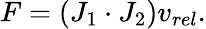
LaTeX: F=(J_{1}\cdot J_{2})v_{rel}.